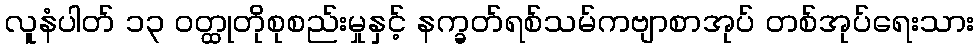
လူနံပါတ် ၁၃ ဝတ္ထုတိုစုစည်းမှုနှင့် နက္ခတ်ရစ်သမ်ကဗျာစာအုပ် တစ်အုပ်ရေးသား